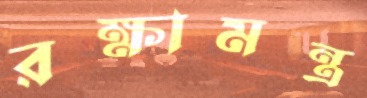
রক্ষামন্ত্র